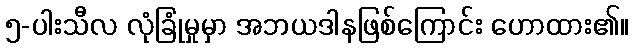
၅-ပါးသီလ လုံခြုံမှုမှာ အဘယဒါနဖြစ်ကြောင်း ဟောထား၏။